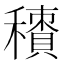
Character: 𥢼